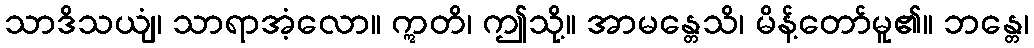
သာဒိသယျံ၊ သာရာအံ့လော။ ဣတိ၊ ဤသို့။ အာမန္တေသိ၊ မိန့်တော်မူ၏။ ဘန္တေ၊